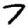
Digit: 7